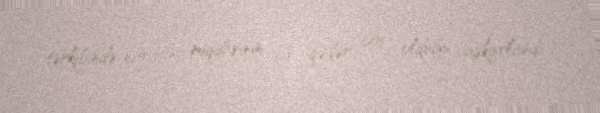
tərkibində nitratın miqdarının bir qədər çox olduğu aşkarlandı.